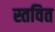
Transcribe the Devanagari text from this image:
स्तवित